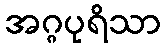
အဂ္ဂပုရိသာ